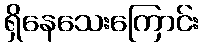
ရှိနေသေးကြောင်း